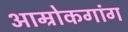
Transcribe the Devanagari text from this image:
आम्रोकगांग